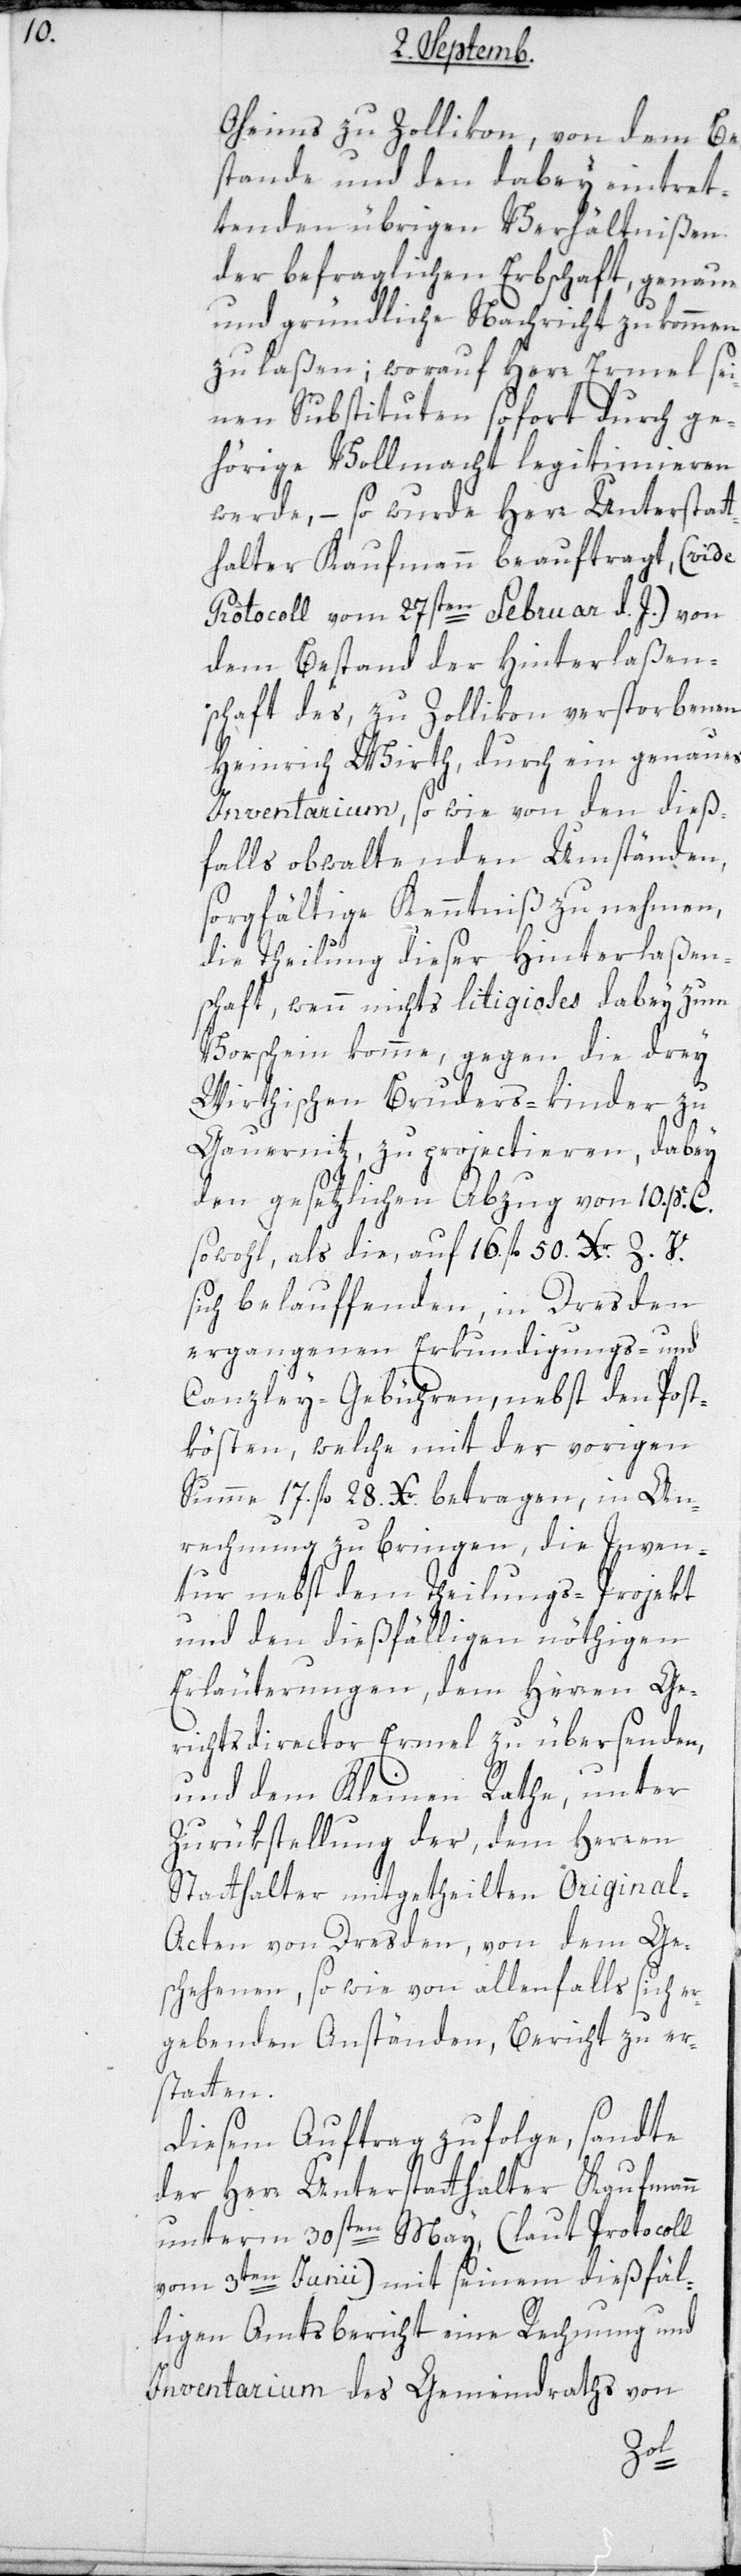
Oheims zu Zollikon, von dem Be¬
stande und den dabey eintret¬
tenden übrigen Verhältnißen
der befraglichen Erbschaft, genaue
und gründliche Nachricht zukommen
zu laßen; worauf Herr Ermel sei¬
nen Substituten sofort durch ge¬
hörige Vollmacht legitimieren
werde, – so wurde Herr Unterstat¬
thalter Kaufmann beauftragt, (vide
Protocoll vom 27sten Februar d. J.) von
dem Bestand der Hinterlaßen¬
schaft des, zu Zollikon verstorbenen
Heinrich Wirth, durch ein genaues
Inventarium, sowie von den dieß¬
falls obwaltenden Umständen,
sorgfältige Kenntniß zu nehmen,
die Theilung dieser Hinterlaßen¬
schaft, wenn nichts Litigioses dabey zum
Vorschein komme, gegen die drey
Wirthischen Bruders-Kinder zu
Gauernitz, zu projectieren, dabey
den gesetzlichen Abzug von 10. pr. C.
sowohl, als die auf 16. fl. 50. Xr. Z. V.
sich belaufenden, in Dresden
ergangenen Erkundigungs- und
Canzley-Gebühren, nebst den Post¬
kösten, welche mit der vorigen
Summe 17. fl. 28. Xr. betragen, in An¬
rechnung zu bringen, die Inven¬
tur nebst dem Theilungs-Projekt
und den dießfälligen nöthigen
Erläuterungen, dem Herren Ge¬
richtsdirector Ermel zu übersenden,
und dem Kleinen Rathe unter
Zurükstellung der, dem Herren
Statthalter mitgetheilten Origina¬
l-Acten von Dresden, von dem Ges¬
chehenen sowie von allenfalls sich er¬
gebenden Anständen, Bericht zu er¬
statten.
Diesem Auftrag zufolge, sandte
der Herr Unterstatthalter Kaufmann
unterm 30sten May, (laut Protocoll
vom 3ten Junii) mit seinem dießfäl¬
ligen Amtsbericht eine Rechnung und
Inventarium des Gemeindraths von